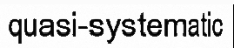
quasi-systematic